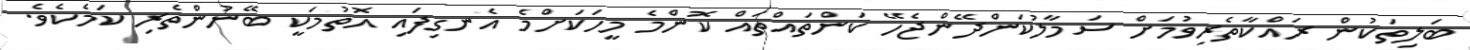
ބަލިތަކުން ރައްކާތެރިވުމަށް ސަމާލުކަންދޭންޖެހޭ ކަންތައްތައް ކޮންމެ މީހަކަށްމެ އެނގިފައި އޮތުމަކީ ބޭނުންތެރި ކަމެކެވެ.